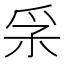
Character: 𤓽